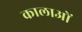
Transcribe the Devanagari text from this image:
कालाओं